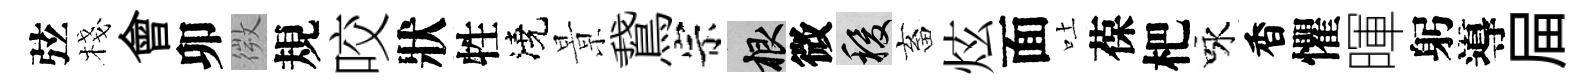
弦棧會卯微規咬狀牲澆㬌鵞宗根微稷畜炫面吐葆杷咏香懼暉躬導屇